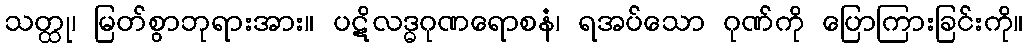
သတ္ထု၊ မြတ်စွာဘုရားအား။ ပဋိလဒ္ဓဂုဏရောစနံ၊ ရအပ်သော ဂုဏ်ကို ပြောကြားခြင်းကို။